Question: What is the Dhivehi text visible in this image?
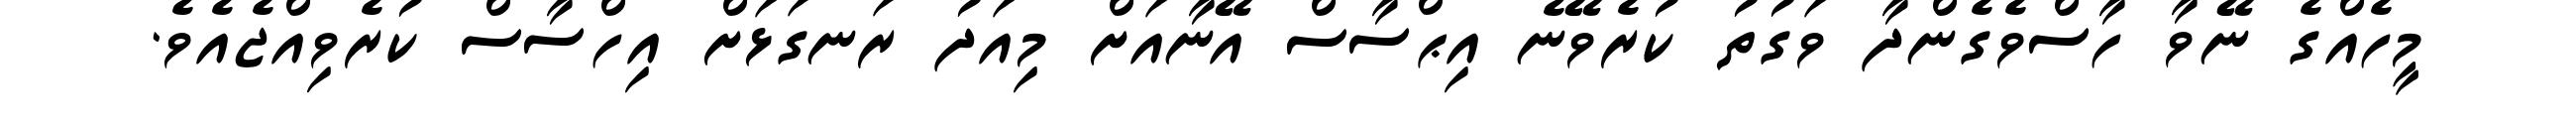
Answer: މީހެއްގެ ނޭވާ ހާސްވެގެންދާ ވަގުތު ކުރެވޭނެ އިޙްސާސް އޭނާއަށް މިއަދު ރަނގަޅަށް އިހްސާސް ކުރެވިއްޖެއެވެ.